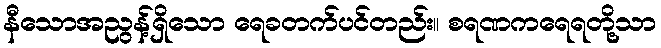
နီသောအညွန့်ရှိသော ရေခတက်ပင်တည်း။ စရဏကရေရတို့သာ